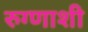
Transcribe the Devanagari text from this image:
रुग्णाशी